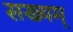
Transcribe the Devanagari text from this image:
सख्यम्